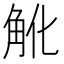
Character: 𧢽